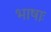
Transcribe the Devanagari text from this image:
भाषाः